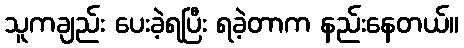
သူကချည်း ပေးခဲ့ရပြီး ရခဲ့တာက နည်းနေတယ်။